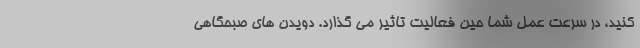
کنید، در سرعت عمل شما حین فعالیت تاثیر می گذارد. دویدن های صبحگاهی